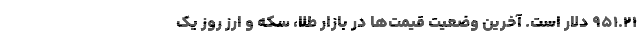
۹۵۱.۲۱ دلار است. آخرین وضعیت قیمت‌ها در بازار طلا، سکه و ارز روز یک